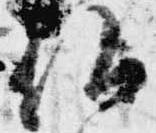
仏